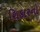
શિકારનો